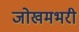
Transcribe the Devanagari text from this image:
जोखमभरी